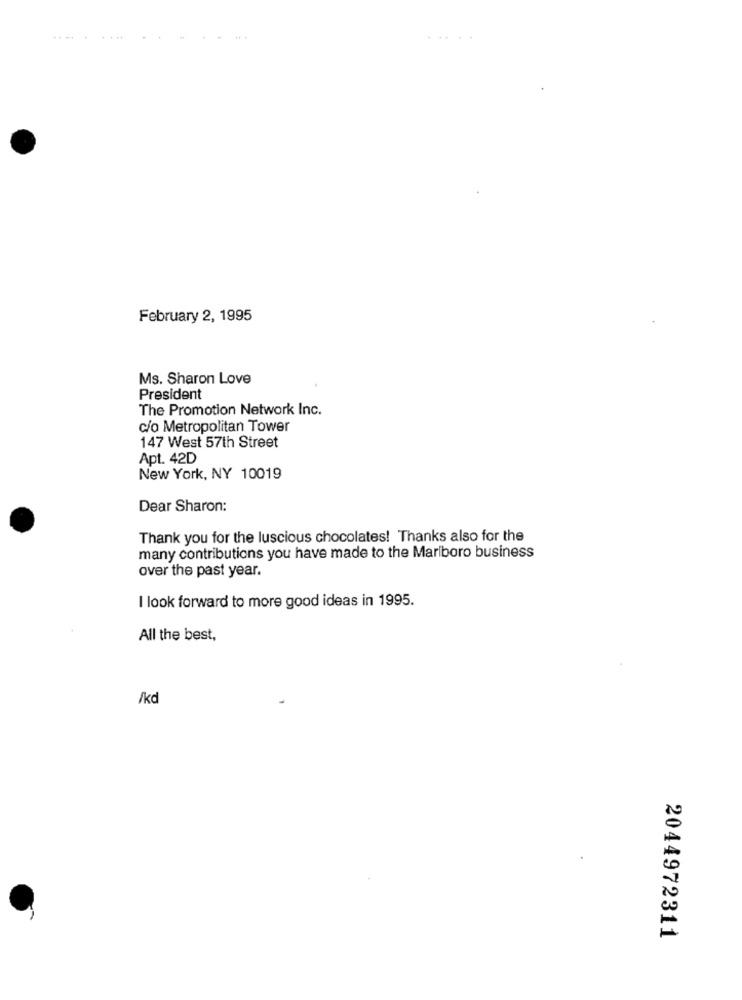
...
February 2, 1995
Ms. Sharon Love
President
The Promotion Network Inc.
c/o Metropolitan Tower
147 West 57th Street
Apt. 42D
New York, NY 10019
Dear Sharon:
Thank you for the luscious chocolates! Thanks also for the
many contributions you have made to the Marlboro business
over the past year.
I look forward to more good ideas in 1995.
All the best,
/kd
2044972311